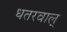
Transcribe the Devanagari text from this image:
धतरवाल्